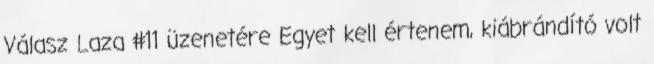
Válasz Laza #11 üzenetére Egyet kell értenem, kiábrándító volt